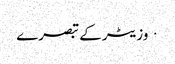
· وزیٹر کے تبصرے